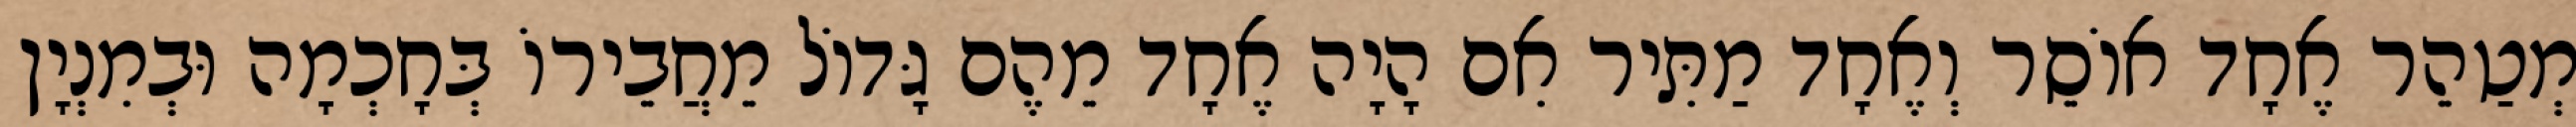
מְטַהֵר אֶחָד אוֹסֵר וְאֶחָד מַתִּיר אִם הָיָה אֶחָד מֵהֶם גָּדוֹל מֵחֲבֵירוֹ בְּחָכְמָה וּבְמִנְיָן